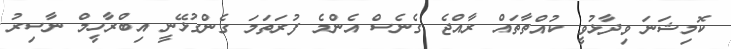
ކޮމިޝަނަ ވިދާޅުވީ ކުއްތާތައް ރާއްޖެ ގެނެސް އެންމެ ފުރަތަމަ ގެންގުޅޭނީ އިބްރާހީމް ނާސިރު